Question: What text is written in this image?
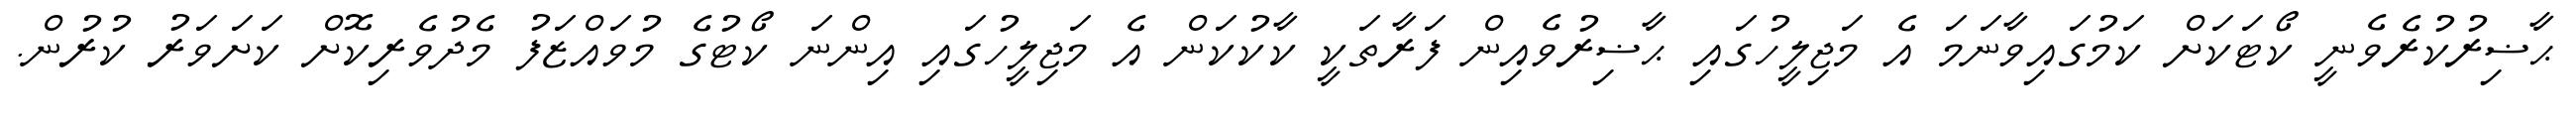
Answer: ޙާޟިރުކުރެވެނީ ކޯޓަކަށް ކަމުގައިވާނަމަ އެ މަޖިލީހުގައި ޙާޟިރުވެއިން ފަރާތަކީ ކާކުކަން އެ މަޖިލީހުގައި އިންނަ ކޯޓުގެ މުވައްޒަފު މެދުވެރިކޮށް ކަށަވަރު ކުރުން.